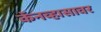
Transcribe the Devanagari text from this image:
कॅनव्हासावर